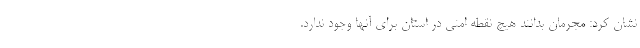
نشان کرد: مجرمان بدانند هیچ نقطه امنی در استان برای آنها وجود ندارد.